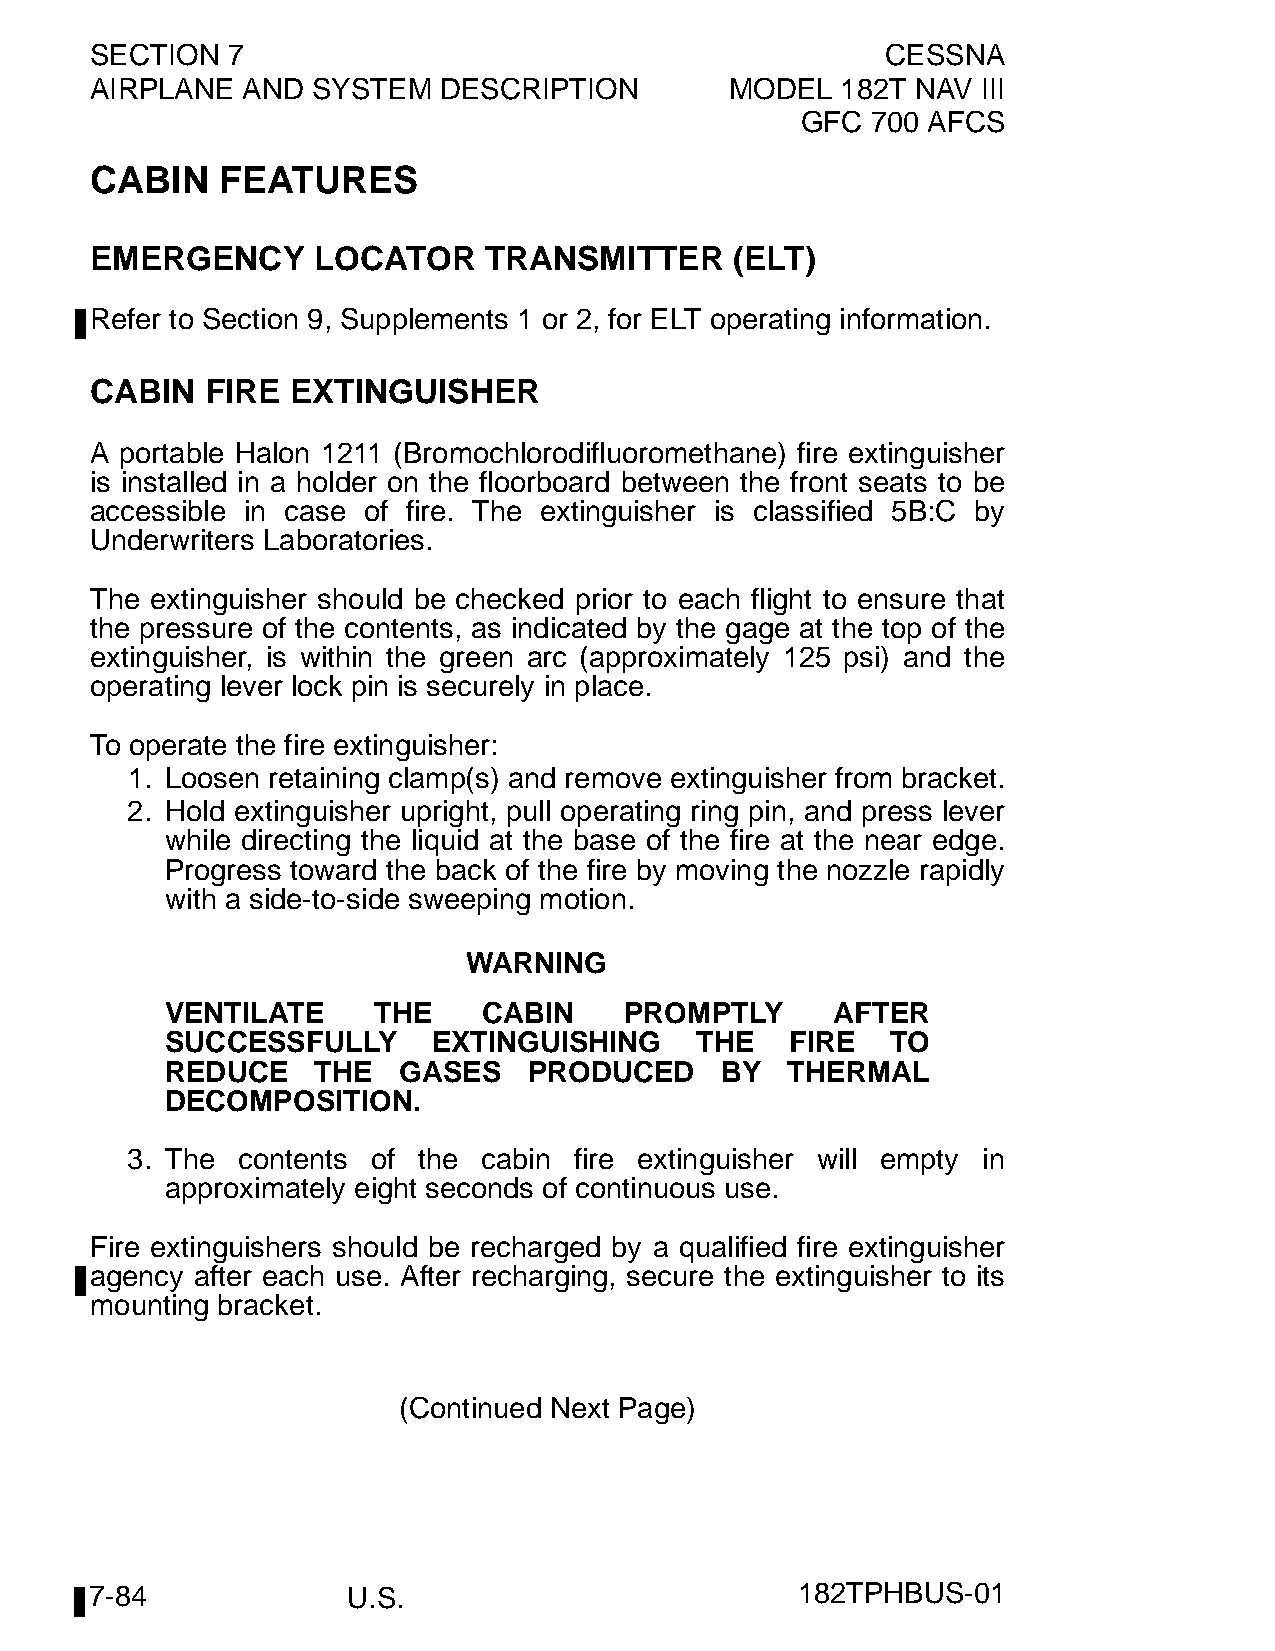
SECTION  7                                           CESSNA
 AIRPLANE  AND  SYSTEM  DESCRIPTION        MODEL   182T NAV III
 GFC  700 AFCS
 CABIN    FEATURES
 EMERGENCY      LOCATOR    TRANSMITTER      (ELT)
 Refer to Section 9, Supplements 1 or 2, for ELT operating information.
 CABIN   FIRE EXTINGUISHER
 A portable Halon 1211 (Bromochlorodifluoromethane) fire extinguisher
 is installed in a holder on the floorboard between the front seats to be
 accessible in case of fire. The extinguisher is classified 5B:C by
 Underwriters Laboratories.
 The extinguisher should be checked prior to each flight to ensure that
 the pressure of the contents, as indicated by the gage at the top of the
 extinguisher, is within the green arc (approximately 125 psi) and the
 operating lever lock pin is securely in place.
 To operate the fire extinguisher:
 1. Loosen retaining clamp(s) and remove extinguisher from bracket.
 2. Hold extinguisher upright, pull operating ring pin, and press lever
 while directing the liquid at the base of the fire at the near edge.
 Progress toward the back of the fire by moving the nozzle rapidly
 with a side-to-side sweeping motion.
 WARNING
 VENTILATE     THE    CABIN    PROMPTLY      AFTER
 SUCCESSFULLY      EXTINGUISHING    THE   FIRE   TO
 REDUCE    THE  GASES    PRODUCED     BY  THERMAL
 DECOMPOSITION.
 3. The  contents of the cabin fire extinguisher will empty in
 approximately eight seconds of continuous use.
 Fire extinguishers should be recharged by a qualified fire extinguisher
 agency after each use. After recharging, secure the extinguisher to its
 mounting bracket.
 (Continued Next Page)
 7-84             U.S.                          182TPHBUS-01